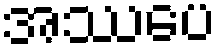
အဿပေ